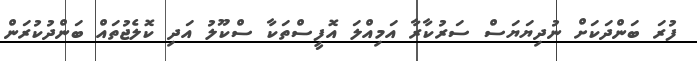
ފުރަ ބަންދަކަށް ނުދިޔަޔަސް ސަރުކާރާ އަމިއްލަ އޮފީސްތަކާ ސްކޫލު އަދި ކޮލެޖުތައް ބަންދުކުރަން